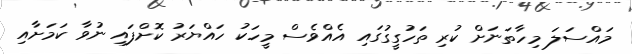
މައްސަލަ މިހާތަނަށް ކުރި ތަހުގީގުގައި އެއްވެސް މީހަކު ހައްޔަރު ކޮށްފައި ނުވާ ކަމަށާއި